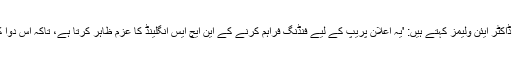
این ایچ ایس انگلینڈ کے ایچ آئی وی گروپ کے چیئرمین ڈاکٹر ایئن ولیمز کہتے ہیں: 'یہ اعلان پریپ کے لیے فنڈنگ فراہم کرنے کے این ایچ ایس انگلینڈ کا عزم ظاہر کرتا ہے، تاکہ اس دوا کو انگلینڈ میں بڑے پیمانے پر متعارف کروایا جا سکے۔